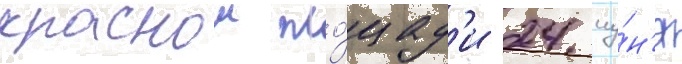
краснои пло́щад'и 24 иу́н'я